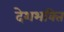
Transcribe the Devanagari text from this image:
देशभक्‍ित